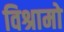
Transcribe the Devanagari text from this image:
विश्रामो